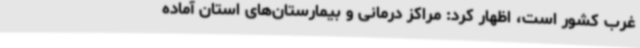
غرب کشور است، اظهار کرد: مراکز درمانی و بیمارستان‌های استان آماده